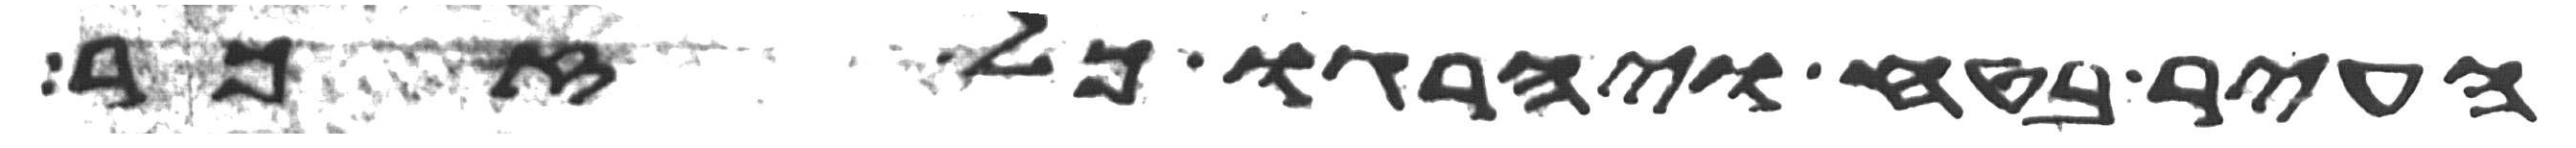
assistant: העיר בטח ויהרגו כל זכר